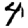
Digit: 4